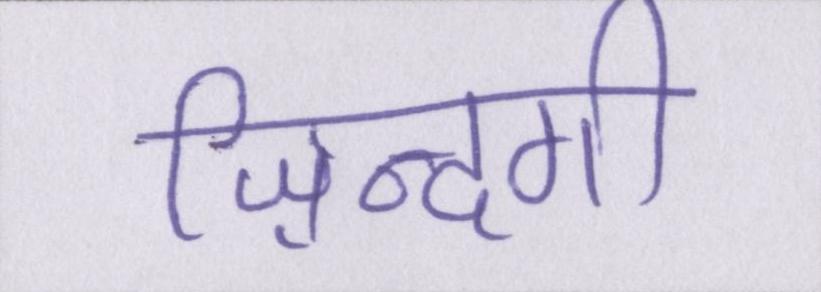
ज़िन्दगी